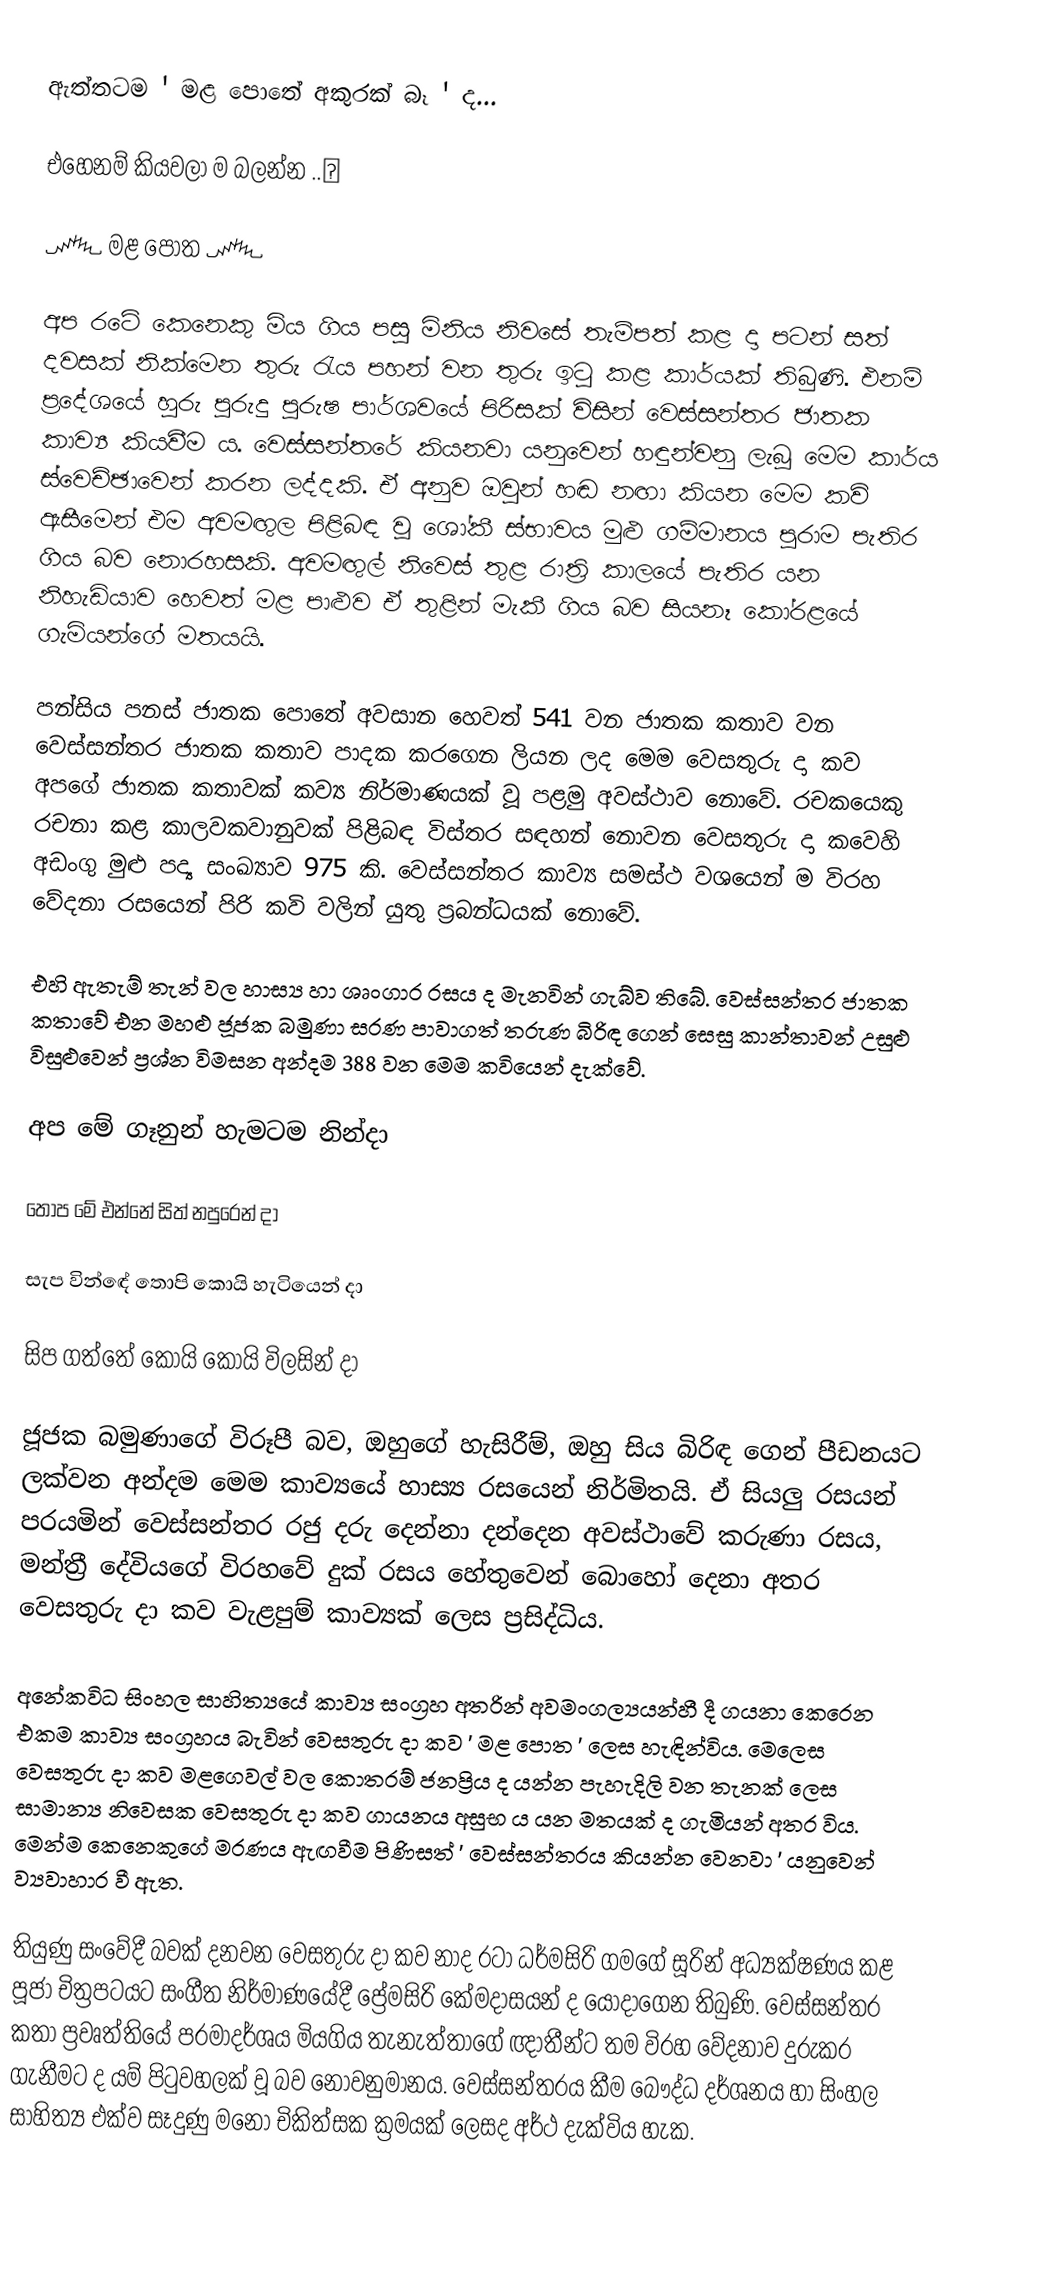
ඇත්තටම ' මළ පොතේ අකුරක් බෑ ' ද...

   එහෙනම් කියවලා ම බලන්න ..👇

      ෴ මළ පොත ෴

   අප රටේ කෙනෙකු මිය ගිය පසු මිනිය නිවසේ තැම්පත් කළ දා පටන් සත් දවසක් නික්මෙන තුරු රැය පහන් වන තුරු ඉටු කළ කාර්යක් තිබුණි. එනම් ප්‍රදේශයේ හුරු පුරුදු පුරුෂ පාර්ශවයේ පිරිසක් විසින් වෙස්සන්තර ජාතක කාව්‍ය කියවීම ය. වෙස්සන්තරේ කියනවා යනුවෙන් හඳුන්වනු ලැබූ මෙම කාර්ය ස්වෙච්ඡාවෙන් කරන ලද්දකි. ඒ අනුව ඔවුන් හඬ නඟා කියන මෙම කවි ඇසීමෙන් එම අවමඟුල පිළිබඳ වූ ශෝකී ස්භාවය මුළු ගම්මානය පුරාම පැතිර ගිය බව නොරහසකි. අවමඟුල් නිවෙස් තුළ රාත්‍රි කාලයේ පැතිර යන නිහැඩියාව හෙවත් මළ පාළුව ඒ තුළින් මැකී ගිය බව සියනෑ කෝරළයේ ගැමියන්ගේ මතයයි.

   පන්සිය පනස් ජාතක පොතේ අවසාන හෙවත් 541 වන ජාතක කතාව වන වෙස්සන්තර ජාතක කතාව පාදක කරගෙන ලියන ලද මෙම වෙසතුරු දා කව අපගේ ජාතක කතාවක් කව්‍ය නිර්මාණයක් වූ පළමු අවස්ථාව නොවේ. රචකයෙකු රචනා කළ කාලවකවානුවක් පිළිබඳ විස්තර සඳහන් නොවන වෙසතුරු දා කවෙහි අඩංගු මුළු පද්‍ය සංඛ්‍යාව 975 කි. වෙස්සන්තර කාව්‍ය සමස්ථ වශයෙන් ම විරහ වේදනා රසයෙන් පිරි කවි වලින් යුතු ප්‍රබන්ධයක් නොවේ.

   එහි ඇතැම් තැන් වල හාස්‍ය හා ශෘංගාර රසය ද මැනවින් ගැබ්ව තිබේ. වෙස්සන්තර ජාතක කතාවේ එන මහළු ජූජක බමුණා සරණ පාවාගත් තරුණ බිරිඳ ගෙන් සෙසු කාන්තාවන් උසුළු විසුළුවෙන් ප්‍රශ්න විමසන අන්දම 388 වන මෙම කවියෙන් දැක්වේ.

   අප මේ ගෑනුන් හැමටම නින්දා

   තොප මේ එන්නේ සිත් නපුරෙන් දා

   සැප වින්ඳේ තොපි කොයි හැටියෙන් දා

   සිප ගත්තේ කොයි කොයි විලසින් දා

   ජූජක බමුණාගේ විරූපී බව, ඔහුගේ හැසිරීම්, ඔහු සිය බිරිඳ ගෙන් පීඩනයට ලක්වන අන්දම මෙම කාව්‍යයේ හාස්‍ය රසයෙන් නිර්මිතයි. ඒ සියලු රසයන් පරයමින් වෙස්සන්තර රජු දරු දෙන්නා දන්දෙන අවස්ථාවේ කරුණා රසය, මන්ත්‍රී දේවියගේ විරහවේ දුක් රසය හේතුවෙන් බොහෝ දෙනා අතර වෙසතුරු දා කව වැළපුම් කාව්‍යක් ලෙස ප්‍රසිද්ධිය.

   අනේකවිධ සිංහල සාහිත්‍යයේ කාව්‍ය සංග්‍රහ අතරින් අවමංගල්‍යයන්හී දී ගයනා කෙරෙන එකම කාව්‍ය සංග්‍රහය බැවින් වෙසතුරු දා කව ' මළ පොත ' ලෙස හැඳින්විය. මෙලෙස වෙසතුරු දා කව මළගෙවල් වල කොතරම් ජනප්‍රිය ද යන්න පැහැදිලි වන තැනක් ලෙස සාමාන්‍ය නිවෙසක වෙසතුරු දා කව ගායනය අසුභ ය යන මතයක් ද ගැමියන් අතර විය. මෙන්ම කෙනෙකුගේ මරණය ඇඟවීම පිණිසත් ' වෙස්සන්තරය කියන්න වෙනවා ' යනුවෙන් ව්‍යවාහාර වී ඇත.

   තියුණු සංවේදී බවක් දනවන වෙසතුරු දා කව නාද රටා ධර්මසිරි ගමගේ සූරින් අධ්‍යක්ෂණය කළ පූජා චිත්‍රපටයට සංගීත නිර්මාණයේදී ප්‍රේමසිරි කේමදාසයන් ද යොදාගෙන තිබුණි. වෙස්සන්තර කතා ප්‍රවෘත්තියේ පරමාදර්ශය මියගිය තැනැත්තාගේ ඥාතීන්ට තම විරහ වේදනාව දුරුකර ගැනීමට ද යම් පිටුවහලක් වූ බව නොවනුමානය. වෙස්සන්තරය කීම බෞද්ධ දර්ශනය හා සිංහල සාහිත්‍ය එක්ව සෑදුණු ⁣මනෝ චිකිත්සක ක්‍රමයක් ලෙසද අර්ථ දැක්විය හැක.